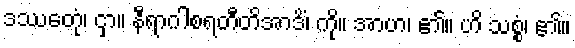
ဒဿေတုံ၊ ငှာ။ နီရာဂါစရတီတိအာဒိံ၊ ကို။ အာဟ၊ ၏။ ဟိ သစ္စံ၊ ၏။